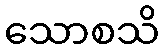
သောစသိ